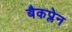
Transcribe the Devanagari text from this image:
बैकप्लेन